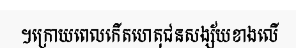
។ក្រោយពេលកើតហេតុជនសង្ស័យខាងលើ